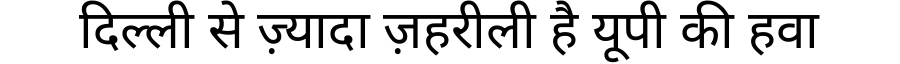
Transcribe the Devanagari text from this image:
दिल्ली से ज़्यादा ज़हरीली है यूपी की हवा